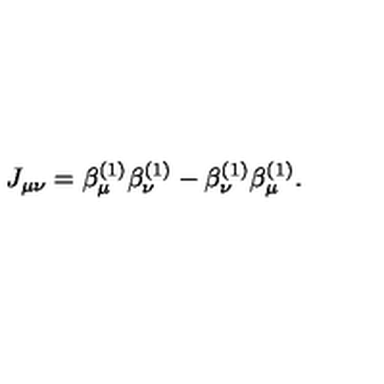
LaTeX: J _ { \mu \nu } = \beta _ { \mu } ^ { ( 1 ) } \beta _ { \nu } ^ { ( 1 ) } - \beta _ { \nu } ^ { ( 1 ) } \beta _ { \mu } ^ { ( 1 ) } .